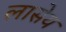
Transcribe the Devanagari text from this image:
लासेय